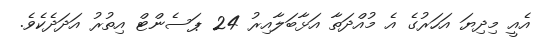
އެއީ މިދިޔަ އަހަރުގެ އެ މުއްދަތާ އަޅާބަލާއިރު 24 ޕަސެންޓް އިތުރު އަދަދެކެވެ.